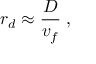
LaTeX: r _ { d } \approx { \frac { D } { v _ { f } } } \; ,